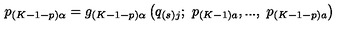
p _ { \left( K - 1 - p \right) \alpha } = g _ { \left( K - 1 - p \right) \alpha } \left( q _ { \left( s \right) j } ; \ p _ { \left( K - 1 \right) a } , . . . , \ p _ { \left( K - 1 - p \right) a } \right)